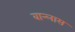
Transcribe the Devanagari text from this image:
वान्लास